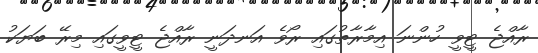
ރާއްޖެ ޓީވީ ހުންނަ އިމާރާތުގައި ރޯވެ އަނދަނީ ރާއްޖެ ޓީވީގައި މިރޭ ބަޔަކު